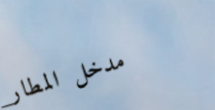
مدخل المطار